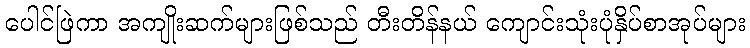
ပေါင်ဖြဲကာ အကျိုးဆက်များဖြစ်သည် တီးတိန်နယ် ကျောင်းသုံးပုံနှိပ်စာအုပ်များ